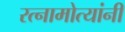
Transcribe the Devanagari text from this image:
रत्नामोत्यांनी